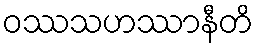
ဝဿသဟဿာနီတိ